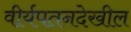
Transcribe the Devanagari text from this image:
वीर्यपतनदेखील